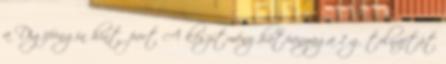
a Digifungin hintőport A készítmény hatóanyaga 1 g tolnaftát